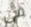
قي